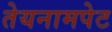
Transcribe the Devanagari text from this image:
तेयनामपेट